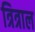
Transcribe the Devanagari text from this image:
त्रित्राल